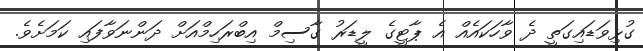
ގުޅިވަޑައިގަތީ ދެ ވާހަކައެއް އެ ޕާޓީގެ ލީޑަރު ގާސިމް އިބްރަހިމްއަށް ދަންނަވާފައި ކަމަށެވެ.